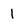
Character: 1